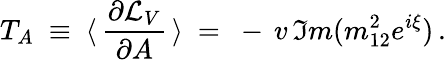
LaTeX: T_{A}\ \equiv\ \langle\, \frac{\partial{\cal L}_{V}}{\partial A}\, \rangle\ =\ -\, v\, \Im m(m_{12}^{2}e^{i\xi})\, .